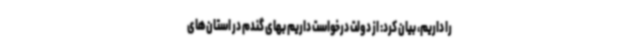
را داریم، بیان کرد: از دولت درخواست داریم بهای گندم در استان‌های